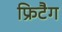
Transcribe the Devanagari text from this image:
फ्रिटैग